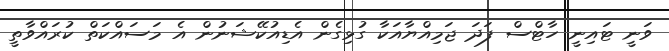
ވަނީ ޓައިނީ ހާޓްސް ފަދަ ޖަމިއްޔާއަކާ ގުޅިގެން އެޑިއުކޭޝަނުން އެ މަސައްކަތް ކުރައްވާތީ